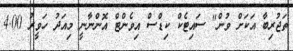
ތަޖުރިބާ އަކަށް ވުން" ސައިޓެކް ކިޑްސް އިވެންޓް އޮންނާނީ މިއަދު ހަވީރު 4.00